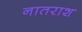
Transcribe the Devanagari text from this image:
नातराश